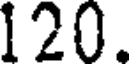
120.